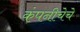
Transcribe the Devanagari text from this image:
कंपनीचेचे